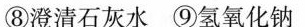
⑧澄清石灰水⑨氢氧化钠